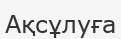
Ақсұлуға